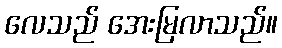
လေသည် အေးမြလာသည်။